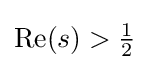
{\textstyle \operatorname {Re} (s)>{\tfrac {1}{2}}}